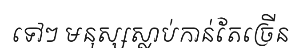
ទៅៗ មនុស្សស្លាប់កាន់តែច្រើន